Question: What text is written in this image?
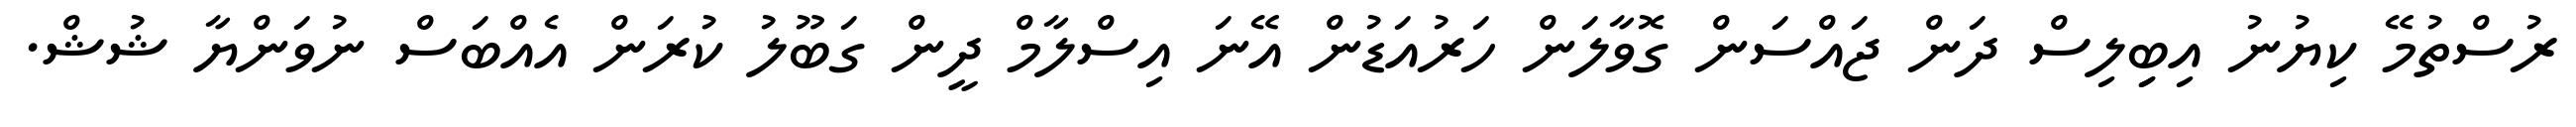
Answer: ރުސްތުމޭ ކިޔުނު އިބިިލިސް ދަން ޖައްސަން ގޮވާލަން ހަރުއަޑުން އޭނަ އިސްލާމް ދީން ގަބޫލު ކުރަން އެއްބަސް ނުވަންޔާ ޝުޝް.